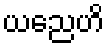
ယညေဟိ